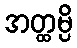
အတ္ထမ္ပိ